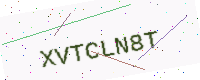
Text: XVTCLN8T